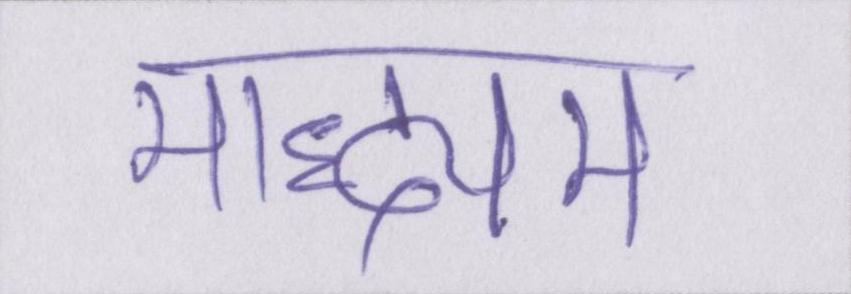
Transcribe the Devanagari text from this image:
माद्ध्यम